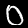
Label: 0